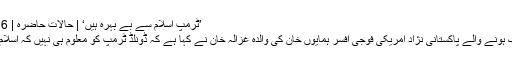
’ٹرمپ اسلام سے بے بہرہ ہیں‘ | حالات حاضرہ | DW | 31.07.2016
عراقی جنگ میں ہلاک ہونے والے پاکستانی نژاد امریکی فوجی افسر ہمایوں خان کی والدہ غزالہ خان نے کہا ہے کہ ڈونلڈ ٹرمپ کو معلوم ہی نہیں کہ اسلام بطور مذہب کیا ہے؟